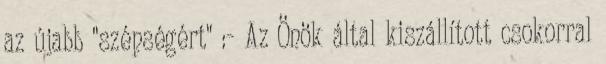
az újabb "szépségért" :- Az Önök által kiszállított csokorral